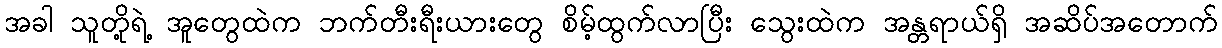
အခါ သူတို့ရဲ့ အူတွေထဲက ဘက်တီးရီးယားတွေ စိမ့်ထွက်လာပြီး သွေးထဲက အန္တရာယ်ရှိ အဆိပ်အတောက်